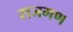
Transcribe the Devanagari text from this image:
राजगण